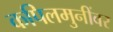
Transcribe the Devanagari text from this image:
कपिलमुनींवर